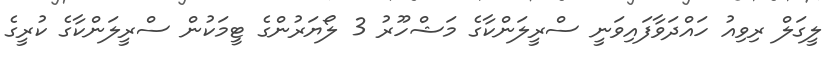
ލީގަލް ރިވިއު ހައްދަވާފައިވަނީ ސްރީލަންކާގެ މަޝްހޫރު 3 ލޯޔަރުންގެ ޓީމަކުން ސްރީލަންކާގެ ކުރީގެ